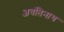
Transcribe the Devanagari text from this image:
अवंतिनाथ